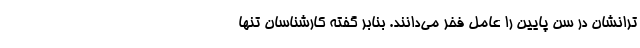
ترانشان در سن پایین را عامل فخر می‌دانند. بنابر گفته کارشناسان تنها